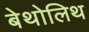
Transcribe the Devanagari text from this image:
बेथोलिथ